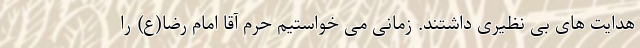
هدایت های بی نظیری داشتند. زمانی می خواستیم حرم آقا امام رضا(ع) را